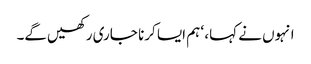
انہوں نے کہا، ‘ ہم ایسا کرنا جاری رکھیں‌گے۔